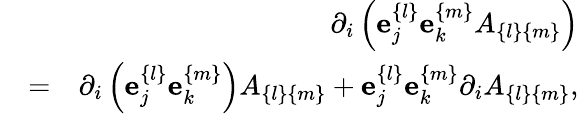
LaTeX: \begin{array}{rlr}&{}&{\partial_{i}\left({\mathbf e}_{j}^{\{ l\} }{\mathbf e}_{k}^{\{ m\} }A_{\{ l\} \{ m\} }\right)}\\ &{=}&{\partial_{i}\left({\mathbf e}_{j}^{\{ l\} }{\mathbf e}_{k}^{\{ m\} }\right)A_{\{ l\} \{ m\} }+{\mathbf e}_{j}^{\{ l\} }{\mathbf e}_{k}^{\{ m\} }\partial_{i}A_{\{ l\} \{ m\} },}\end{array}